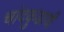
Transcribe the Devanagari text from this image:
चांदकुडाची